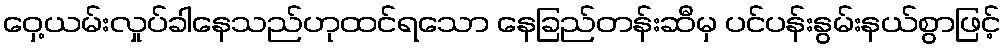
ဝှေ့ယမ်းလှုပ်ခါနေသည်ဟုထင်ရသော နေခြည်တန်းဆီမှ ပင်ပန်းနွမ်းနယ်စွာဖြင့်